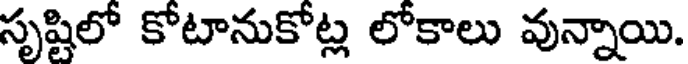
సృష్టిలో కోటానుకోట్ల లోకాలు వున్నాయి.